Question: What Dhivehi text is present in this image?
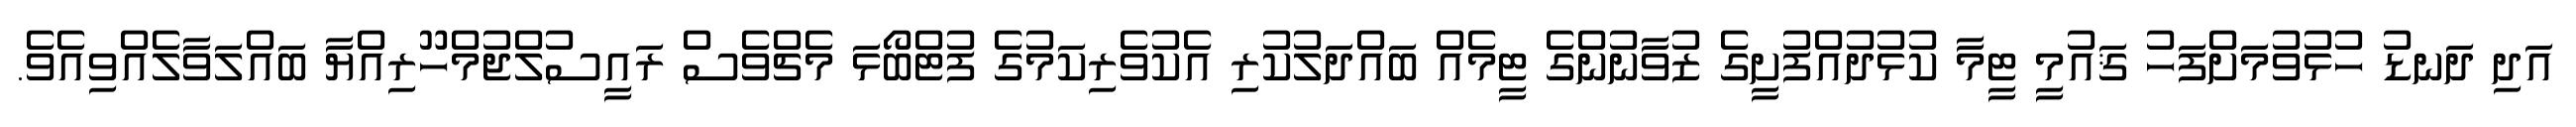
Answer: އަދި ދަނޑު ހުޅުވުމަށްފަހު ޤައުމީ ޓީމާ ކުޅުދުއްފުށީގެ ޒުވާނުންގެ ޓީމެއް ބައްދަލުކުރި އެކުވެރިކަމުގެ ފުޓްބޯޅަ މެޗްވެސް ރައީސުލްޖުމްހޫރިއްޔާ ބައްލަވާލެއްވިއެވެ.